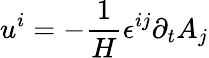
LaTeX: u^{i}=-\frac{1}{H}\epsilon^{ij}\partial_{t}{A}_{j}